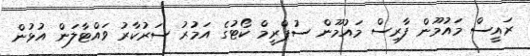
ރައީސް މައުމޫން ފާރިސް މައުމޫން ސުޕްރީމް ކޯޓުގެ އަމުރު ސަރުކާރު ވައްޓާލަން އުޅުން